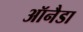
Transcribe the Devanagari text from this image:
ऑनैडा